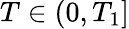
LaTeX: T\in(0,T_{1}]